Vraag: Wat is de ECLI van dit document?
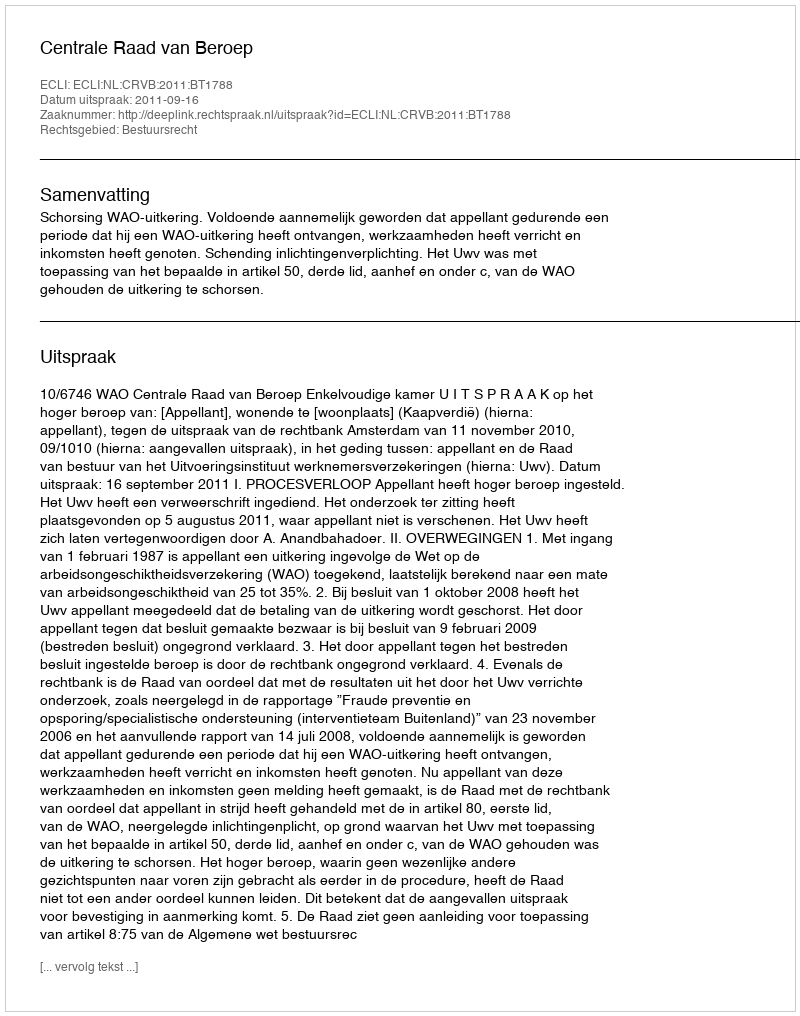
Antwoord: ECLI:NL:CRVB:2011:BT1788